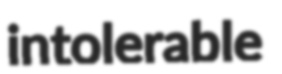
intolerable